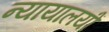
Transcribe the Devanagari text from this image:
न्यायालयोंं